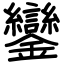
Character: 鑾